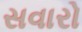
સવારો